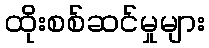
ထိုးစစ်ဆင်မှုများ